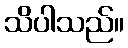
သိပါသည်။